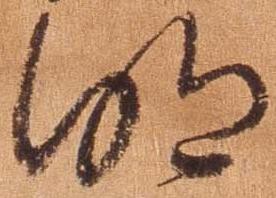
明